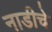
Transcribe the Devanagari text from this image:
नाडीचे